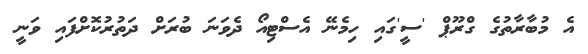
އެ މުބާރާތުގެ ގްރޫޕް 'ސީ'ގައި ހިމެނޭ އެސްޓިއޯ ދެވަނަ ބުރަށް ދަތުރުކޮށްފައި ވަނީ